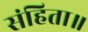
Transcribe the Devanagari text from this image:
संहिता॥